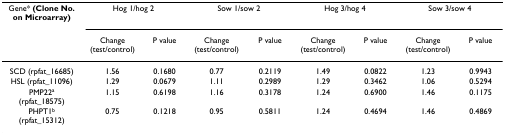
<table><thead><tr><td><b>Gene* (Clone No. on Microarray)</b></td><td colspan="2"><b>Hog 1/hog 2</b></td><td colspan="2"><b>Sow 1/sow 2</b></td><td colspan="2"><b>Hog 3/hog 4</b></td><td colspan="2"><b>Sow 3/sow 4</b></td></tr><tr><td></td><td><b>Change (test/control)</b></td><td><b>P value</b></td><td><b>Change (test/control)</b></td><td><b>P value</b></td><td><b>Change (test/control)</b></td><td><b>P value</b></td><td><b>Change (test/control)</b></td><td><b>P value</b></td></tr></thead><tbody><tr><td>SCD (rpfat_16685)</td><td>1.56</td><td>0.1680</td><td>0.77</td><td>0.2119</td><td>1.49</td><td>0.0822</td><td>1.23</td><td>0.9943</td></tr><tr><td>HSL (rpfat_11096)</td><td>1.29</td><td>0.0679</td><td>1.11</td><td>0.2989</td><td>1.29</td><td>0.3462</td><td>1.06</td><td>0.5294</td></tr><tr><td>PMP22<sup>a </sup>(rpfat_18575)</td><td>1.15</td><td>0.6198</td><td>1.16</td><td>0.3178</td><td>1.24</td><td>0.6900</td><td>1.46</td><td>0.1175</td></tr><tr><td>PHPT1<sup>b </sup>(rpfat_15312)</td><td>0.75</td><td>0.1218</td><td>0.95</td><td>0.5811</td><td>1.24</td><td>0.4694</td><td>1.46</td><td>0.4869</td></tr></tbody></table>